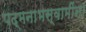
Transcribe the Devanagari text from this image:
पद्मनाभस्वामींना